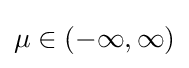
\mu \in (-\infty ,\infty )